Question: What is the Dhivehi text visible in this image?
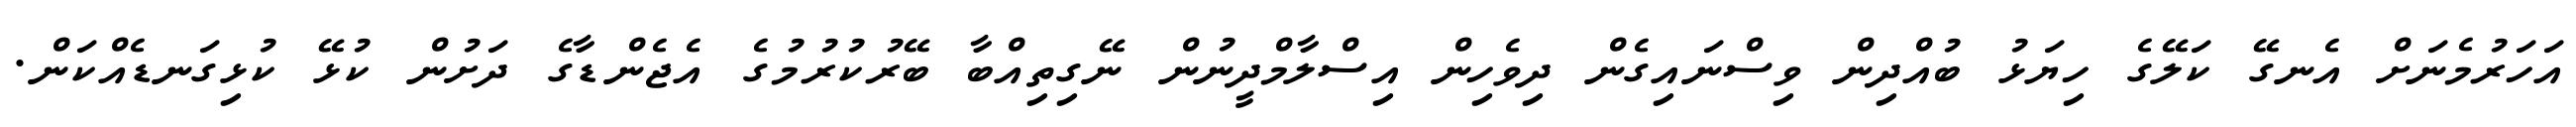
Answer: އަހަރުމެނަށް އެނގޭ ކަލޭގެ ހިޔަޅު ބުއްދިން ވިސްނައިގެން ދިވެހިން އިސްލާމްދީނުން ނޭގިތިއްބާ ބޭރުކުރުމުގެ އެޖެންޑާގެ ދަށުން ކުޅޭ ކުޅިގަނޑެއްކަން.